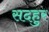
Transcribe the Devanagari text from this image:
सदहुर